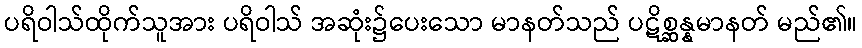
ပရိဝါသ်ထိုက်သူအား ပရိဝါသ် အဆုံး၌ပေးသော မာနတ်သည် ပဋိစ္ဆန္နမာနတ် မည်၏။